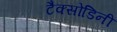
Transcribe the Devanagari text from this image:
टैक्सोडिनी